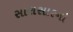
સારાસારનો